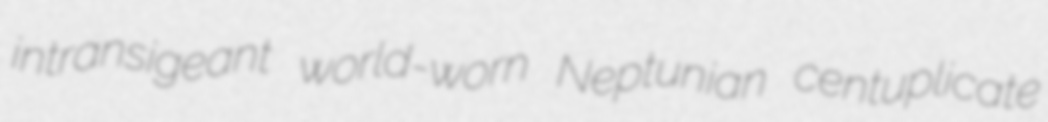
intransigeant world-worn Neptunian centuplicate